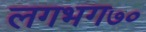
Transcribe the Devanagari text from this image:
लगभग७०